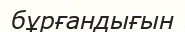
бұрғандығын